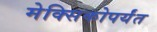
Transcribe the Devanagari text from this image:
मेक्सिकोपर्यंत